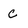
Character: C